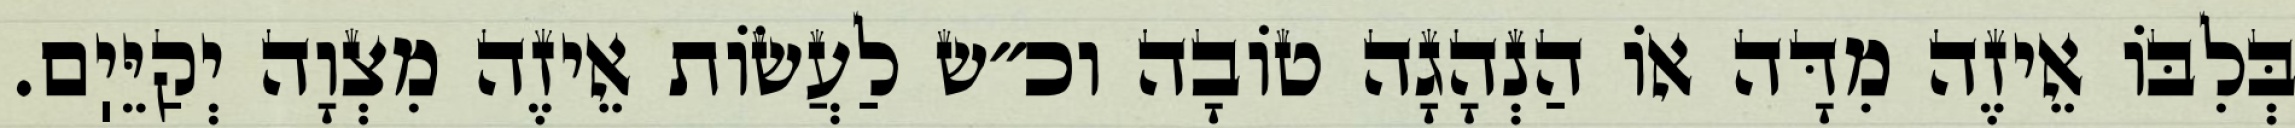
בְּלִבּוֹ אֵיזֶה מִדָּה אוֹ הַנְהָגָה טוֹבָה וכ״ש לַעֲשׂוֹת אֵיזֶה מִצְוָה יְקַיֵּיֽם.